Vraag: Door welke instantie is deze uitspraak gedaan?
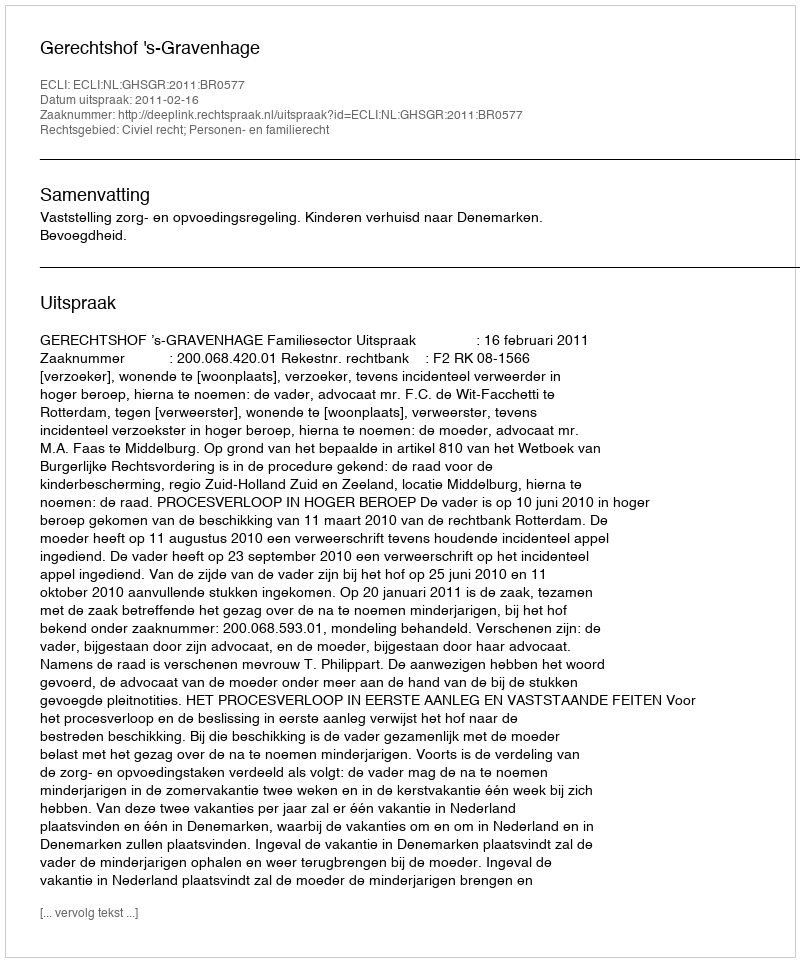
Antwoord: Gerechtshof 's-Gravenhage